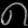
Digit: ၈